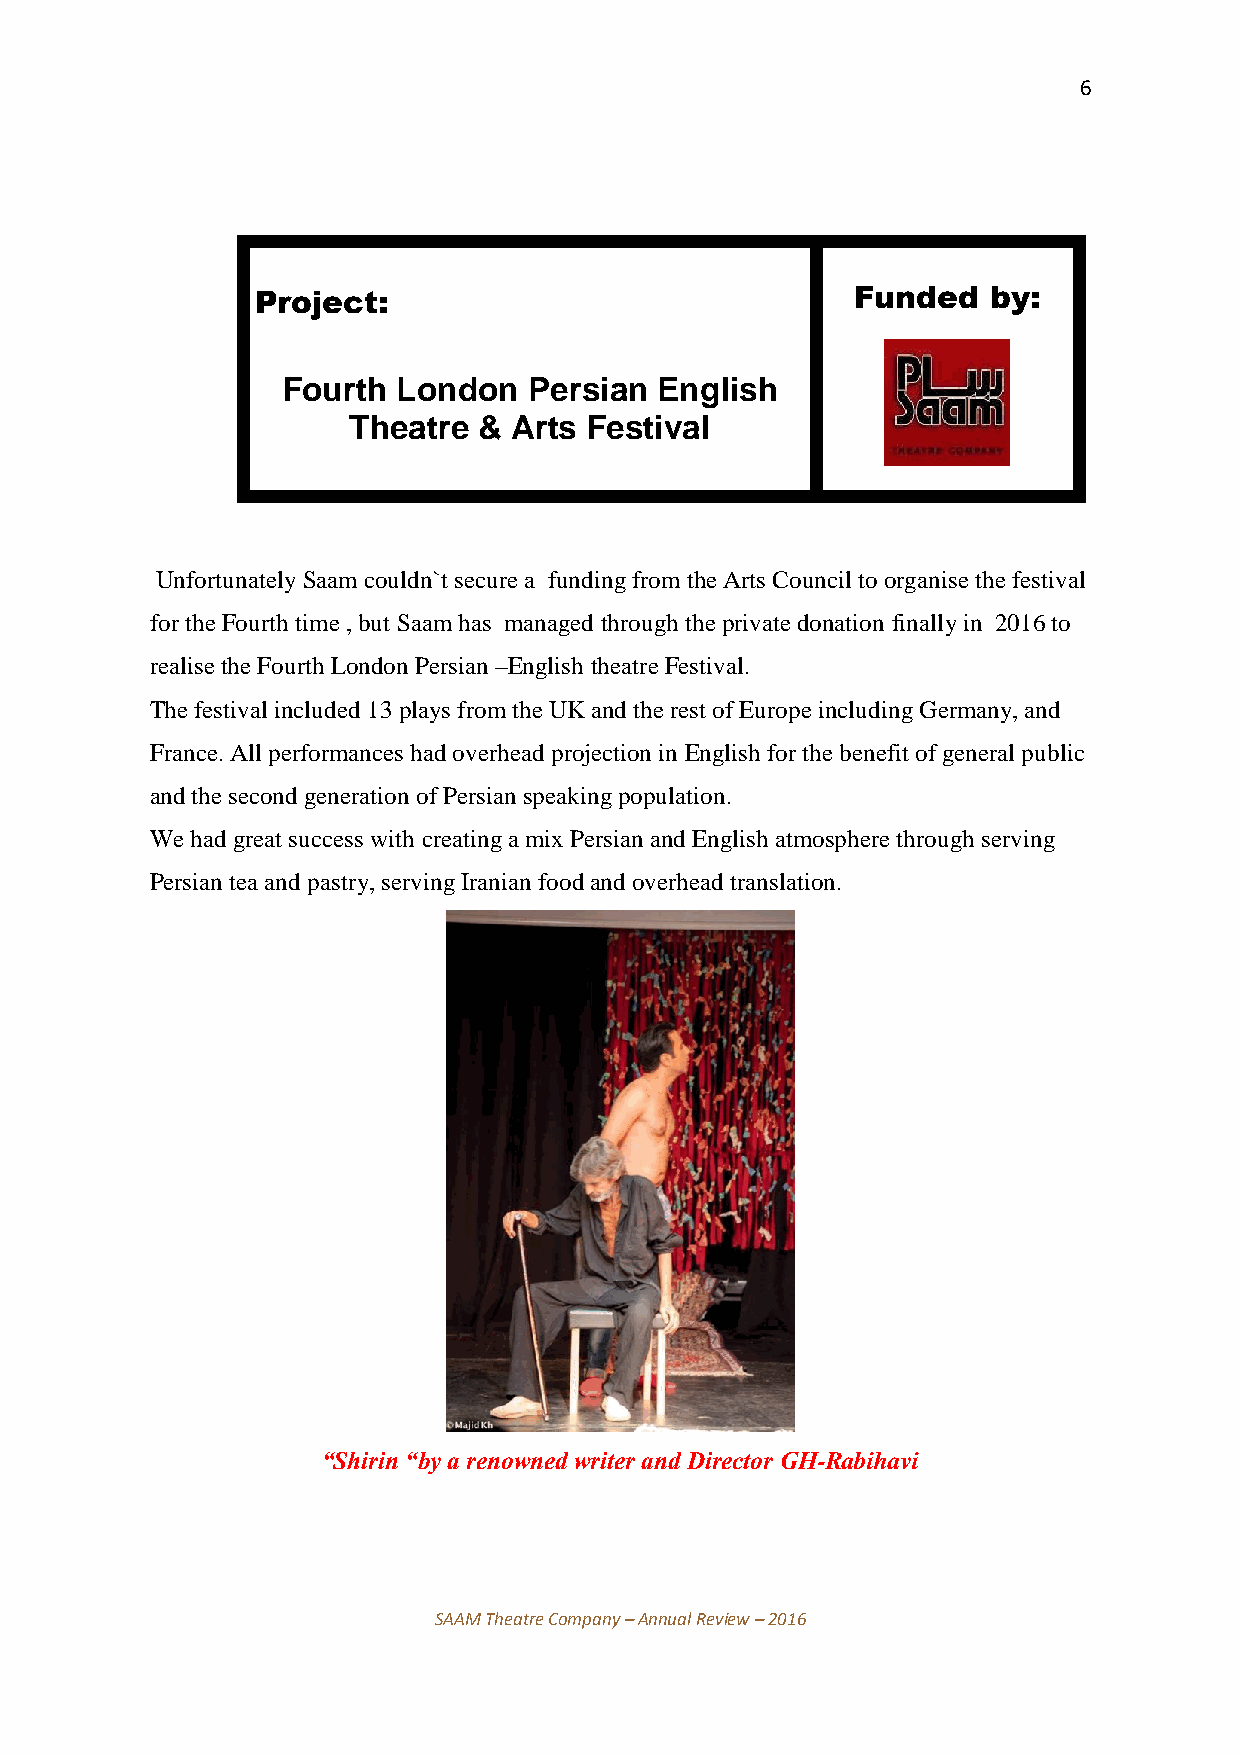
6
 Project:                                Funded  by:
 Fourth London   Persian  English
 Theatre  & Arts Festival
 Unfortunately Saam couldn`t secure a funding from the Arts Council to organise the festival
 for the Fourth time , but Saam has managed through the private donation finally in 2016 to
 realise the Fourth London Persian –English theatre Festival.
 The festival included 13 plays from the UK and the rest of Europe including Germany, and
 France. All performances had overhead projection in English for the benefit of general public
 and the second generation of Persian speaking population.
 We had great success with creating a mix Persian and English atmosphere through serving
 Persian tea and pastry, serving Iranian food and overhead translation.
 “Shirin “by a renowned writer and Director GH-Rabihavi
 SAAM Theatre Company – Annual Review – 2016